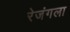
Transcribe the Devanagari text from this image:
रेजंगला